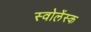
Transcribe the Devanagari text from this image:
स्वोलेंस्क